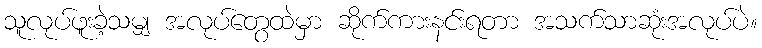
သူလုပ်ဖူးခဲ့သမျှ အလုပ်တွေထဲမှာ ဆိုက်ကားနင်းရတာ အသက်သာဆုံးအလုပ်ပဲ။